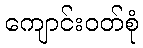
ကျောင်းဝတ်စုံ